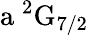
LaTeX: \mathrm{a\ ^{2}G_{7/2}}